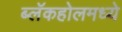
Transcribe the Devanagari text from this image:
ब्लॅकहोलमध्ये